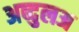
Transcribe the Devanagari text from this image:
अब्दुलअ